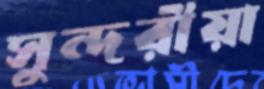
সুন্দরীয়া